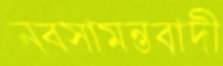
নবসামন্তবাদী